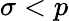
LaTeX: \sigma<p